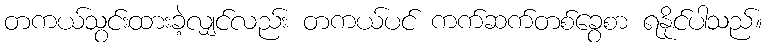
တကယ်သွင်းထားခဲ့လျှင်လည်း တကယ်ပင် ကက်ဆက်တစ်ခွေစာ ရနိုင်ပါသည်။